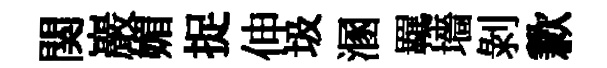
関巖媚捉伸圾溷羈墻剝歉